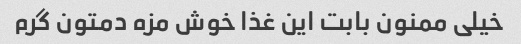
خیلی ممنون بابت این غذا خوش مزه دمتون گرم